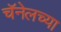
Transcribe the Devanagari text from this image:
चॅनेलच्या